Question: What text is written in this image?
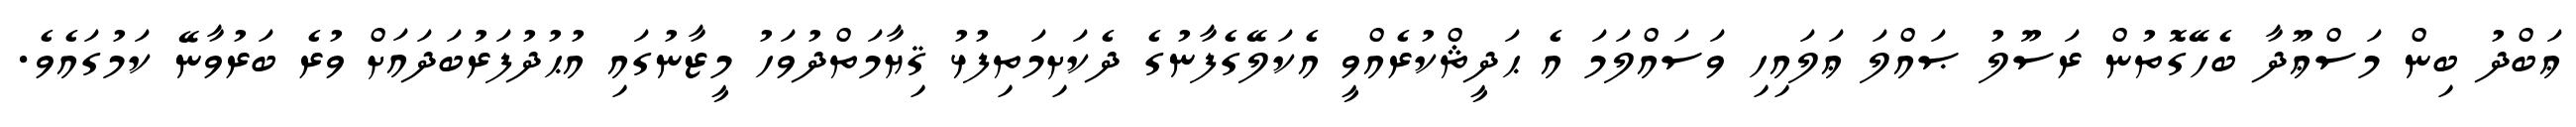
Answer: ޢަބްދު ބިން މަސްޢޫދާ ބެހޭގޮތުން ރަސޫލު ޞައްލަ ޢަލައިހި ވަސައްލަމަ އެ ޙަދީޘްކުރެއްވީ އެކަލޭގެފާނުގެ ދެކަށިމަތިފުޅު ޤިޔާމަތްދުވަހު މީޒާނުގައި އުޙުދުފަރުބަދައަށް ވުރެ ބަރުވާނޭ ކަމުގައެވެ.